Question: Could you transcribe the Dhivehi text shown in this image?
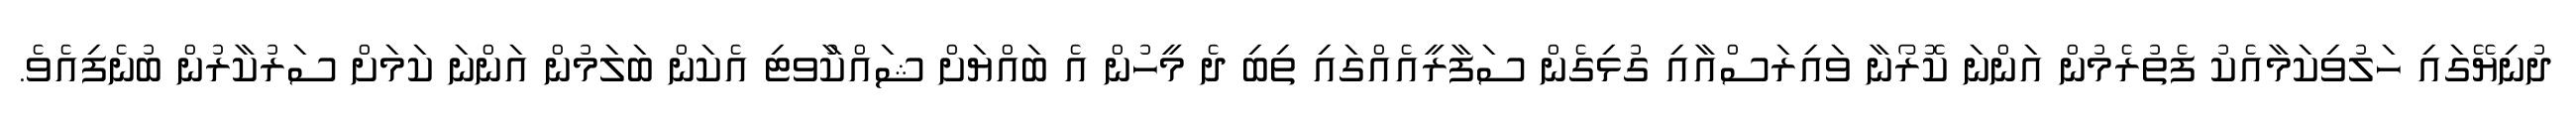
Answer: ދުނިޔޭގައި ހަލުވިކަމާއެކު ފެތުރެމުން އަންނަ ކޮރޯނާ ވައިރަސްއާއި ގުޅިގެން ސަފާރީއެއްގައި ތިބި ދެ މީހުން އެ ބައްޔަށް ޝައްކުާވޓި އެކަން ބަލަމުން އަންނަ ކަމަށް ސަރުކާރުން ބުނެފިއެވެ.